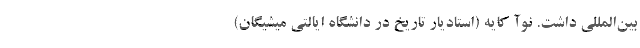
بین‌المللی داشت. نوآ کایه (استادیار تاریخ در دانشگاه ایالتی میشیگان)